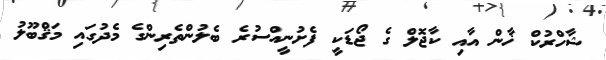
ޝާހްރުކް ޚާން އާއި ކާޖޮލް ގެ ޖޯޑަކީ ފެށުނީއްސުރެ ބެލުންތެރިންގެ މެދުގައި މަޤްބޫލު